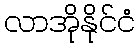
လာအိုနိုင်ငံ